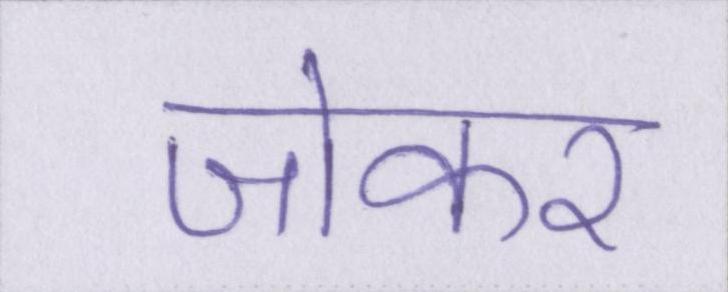
जोकर